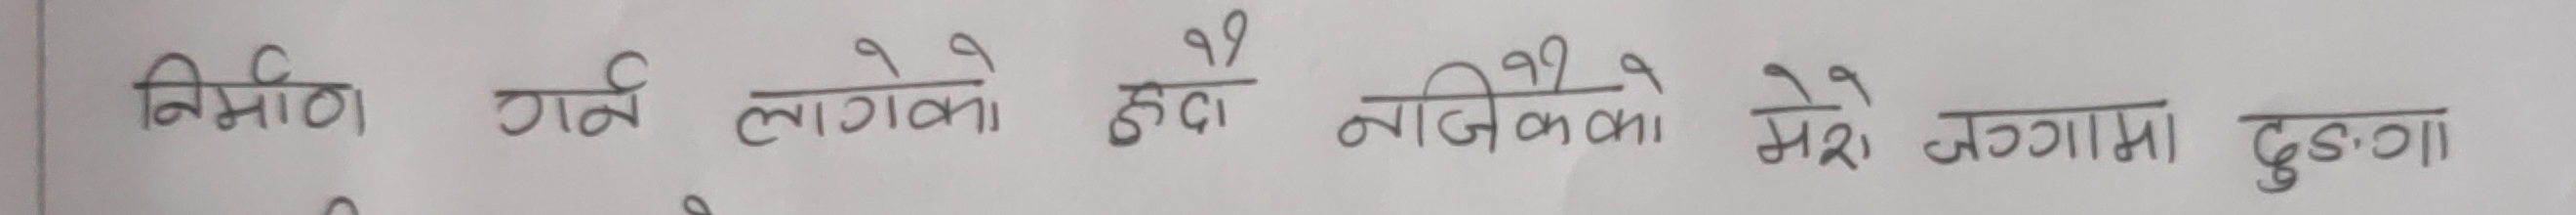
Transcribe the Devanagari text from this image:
निर्माण गर्ने लागेको हुँदा नजिकको मेरो जग्गामा दुड़गा